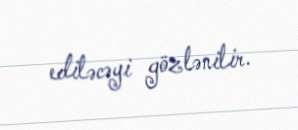
ediləcəyi gözlənilir.